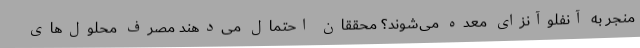
منجر به آنفلوآنزای معده می‌شوند؟ محققان احتمال می‌دهند مصرف محلول‌های